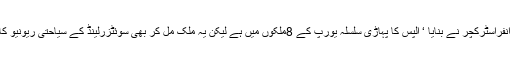
سوئٹزرلینڈ کو سوئٹزرلینڈ سوئس انفراسٹرکچر نے بنایا ‘ الپس کا پہاڑی سلسلہ یورپ کے 8ملکوں میں ہے لیکن یہ ملک مل کر بھی سوئٹزرلینڈ کے سیاحتی ریونیو کا دس فیصد نہیں کما رہے‘ کیوں؟